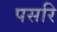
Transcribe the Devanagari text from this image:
पसरि